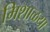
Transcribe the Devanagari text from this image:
मिशाळया